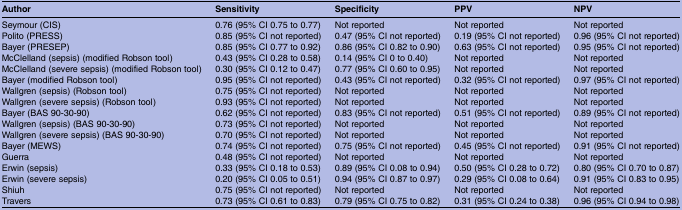
<table><thead><tr><td><b>Author</b></td><td><b>Sensitivity</b></td><td><b>Specificity</b></td><td><b>PPV</b></td><td><b>NPV</b></td></tr></thead><tbody><tr><td>Seymour (CIS)</td><td>0.76 (95% CI 0.75 to 0.77)</td><td>Not reported</td><td>Not reported</td><td>Not reported</td></tr><tr><td>Polito (PRESS)</td><td>0.85 (95% CI not reported)</td><td>0.47 (95% CI not reported)</td><td>0.19 (95% CI not reported)</td><td>0.96 (95% CI not reported)</td></tr><tr><td>Bayer (PRESEP)</td><td>0.85 (95% CI 0.77 to 0.92)</td><td>0.86 (95% CI 0.82 to 0.90)</td><td>0.63 (95% CI not reported)</td><td>0.95 (95% CI not reported)</td></tr><tr><td>McClelland (sepsis) (modified Robson tool)</td><td>0.43 (95% CI 0.28 to 0.58)</td><td>0.14 (95% CI 0 to 0.40)</td><td>Not reported</td><td>Not reported</td></tr><tr><td>McClelland (severe sepsis) (modified Robson tool)</td><td>0.30 (95% CI 0.12 to 0.47)</td><td>0.77 (95% CI 0.60 to 0.95)</td><td>Not reported</td><td>Not reported</td></tr><tr><td>Bayer (modified Robson tool)</td><td>0.95 (95% CI not reported)</td><td>0.43 (95% CI not reported)</td><td>0.32 (95% CI not reported)</td><td>0.97 (95% CI not reported)</td></tr><tr><td>Wallgren (sepsis) (Robson tool)</td><td>0.75 (95% CI not reported)</td><td>Not reported</td><td>Not reported</td><td>Not reported</td></tr><tr><td>Wallgren (severe sepsis) (Robson tool)</td><td>0.93 (95% CI not reported)</td><td>Not reported</td><td>Not reported</td><td>Not reported</td></tr><tr><td>Bayer (BAS 90-30-90)</td><td>0.62 (95% CI not reported)</td><td>0.83 (95% CI not reported)</td><td>0.51 (95% CI not reported)</td><td>0.89 (95% CI not reported)</td></tr><tr><td>Wallgren (sepsis) (BAS 90-30-90)</td><td>0.73 (95% CI not reported)</td><td>Not reported</td><td>Not reported</td><td>Not reported</td></tr><tr><td>Wallgren (severe sepsis) (BAS 90-30-90)</td><td>0.70 (95% CI not reported)</td><td>Not reported</td><td>Not reported</td><td>Not reported</td></tr><tr><td>Bayer (MEWS)</td><td>0.74 (95% CI not reported)</td><td>0.75 (95% CI not reported)</td><td>0.45 (95% CI not reported)</td><td>0.91 (95% CI not reported)</td></tr><tr><td>Guerra</td><td>0.48 (95% CI not reported)</td><td>Not reported</td><td>Not reported</td><td>Not reported</td></tr><tr><td>Erwin (sepsis)</td><td>0.33 (95% CI 0.18 to 0.53)</td><td>0.89 (95% CI 0.08 to 0.94)</td><td>0.50 (95% CI 0.28 to 0.72)</td><td>0.80 (95% CI 0.70 to 0.87)</td></tr><tr><td>Erwin (severe sepsis)</td><td>0.20 (95% CI 0.05 to 0.51)</td><td>0.94 (95% CI 0.87 to 0.97)</td><td>0.29 (95% CI 0.08 to 0.64)</td><td>0.91 (95% CI 0.83 to 0.95)</td></tr><tr><td>Shiuh</td><td>0.75 (95% CI not reported)</td><td>Not reported</td><td>Not reported</td><td>Not reported</td></tr><tr><td>Travers</td><td>0.73 (95% CI 0.61 to 0.83)</td><td>0.79 (95% CI 0.75 to 0.82)</td><td>0.31 (95% CI 0.24 to 0.38)</td><td>0.96 (95% CI 0.94 to 0.98)</td></tr></tbody></table>